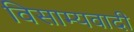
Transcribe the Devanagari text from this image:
विसाम्यवादी